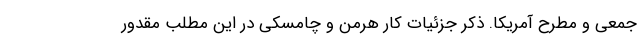
جمعی و مطرح آمریکا. ذکر جزئیات کار هرمن و چامسکی در این مطلب مقدور